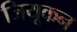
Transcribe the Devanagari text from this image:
जियूकन